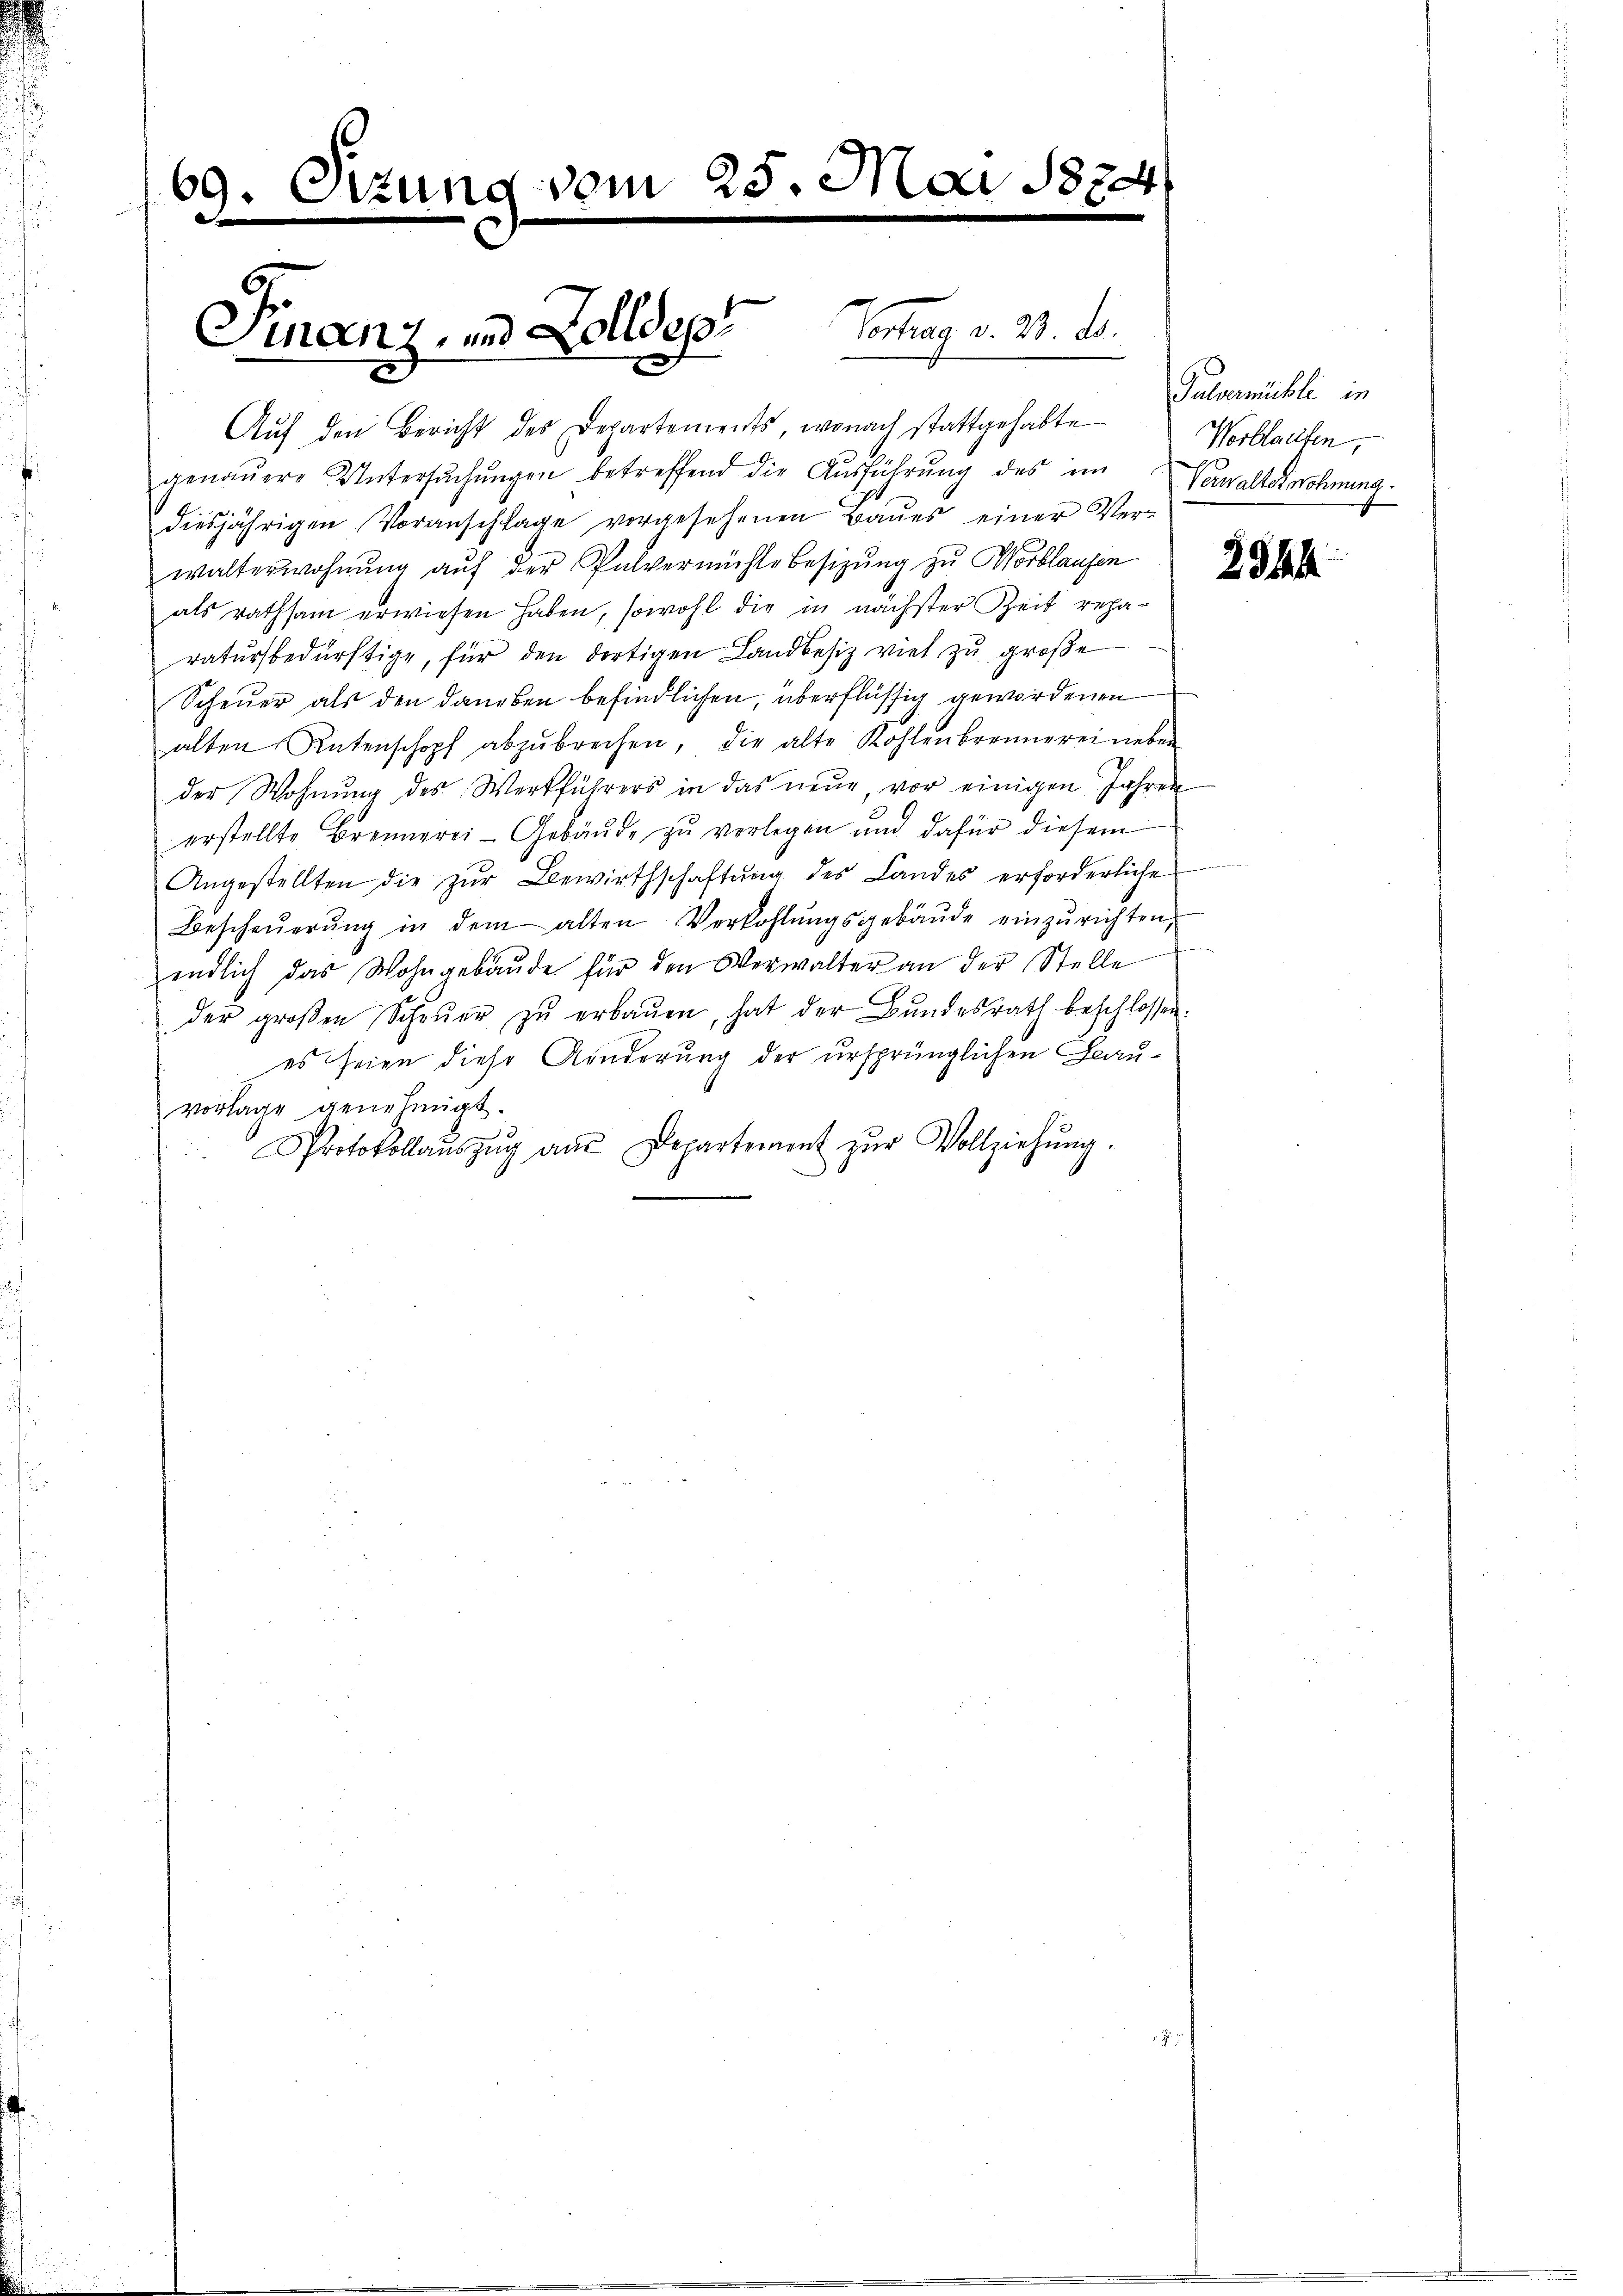
69. Ottung vom 25. Mai 1874
e

Finanz, und Zolldes Vortrag v. 23. d.

Auf den Bericht des Departements, wonach stattgehabte
genaŭere Untersŭchŭngen betreffend die Aŭsführŭng des im Verwalterschnung.
diesjährigen Voranschlage vorgesehenen Baŭes einer Ver-
walterwohnung aŭf der Pulvermühle Besizung zu Wortlaufen
als rathsam erwiesen haben, sowohl die in nächster Zeit reparatursbedürftige, für den dortigen Landbesiz viel zu große
Scheuer als den daneben befindlichen, überflüssig gewordenen
alten Ratenschopf abzŭbrechen, die alte Kohlenbrennerei neben
der Wohnŭng des Werkführers in das neue, vor einigen Jahren
erstellte Brennerei-Gebäude zu verlegen und dafür diesem
Angestellten die zŭr Bewirthschaftŭng des Landes erforderliche
Bescheŭerŭng in dem alten Verkohlŭngsgebäŭde einzŭrichten,
endlich das Wohngebäŭde für den Verwalter an der Stelle
der groβen Schaŭer zŭ erbaŭen, hat der Bundesrath beschlossen.
es seien diese Anderung der ursprünglichen Beauvorlage genehmigt.
Protokollaŭszŭg an Departement zŭr Vollziehŭng.

Galvermühle in
Wortlaufen,

2344